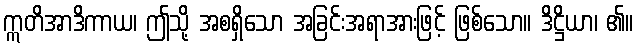
ဣတိအာဒိကာယ၊ ဤသို့ အစရှိသော အခြင်းအရာအားဖြင့် ဖြစ်သော။ ဒိဋ္ဌိယာ၊ ၏။